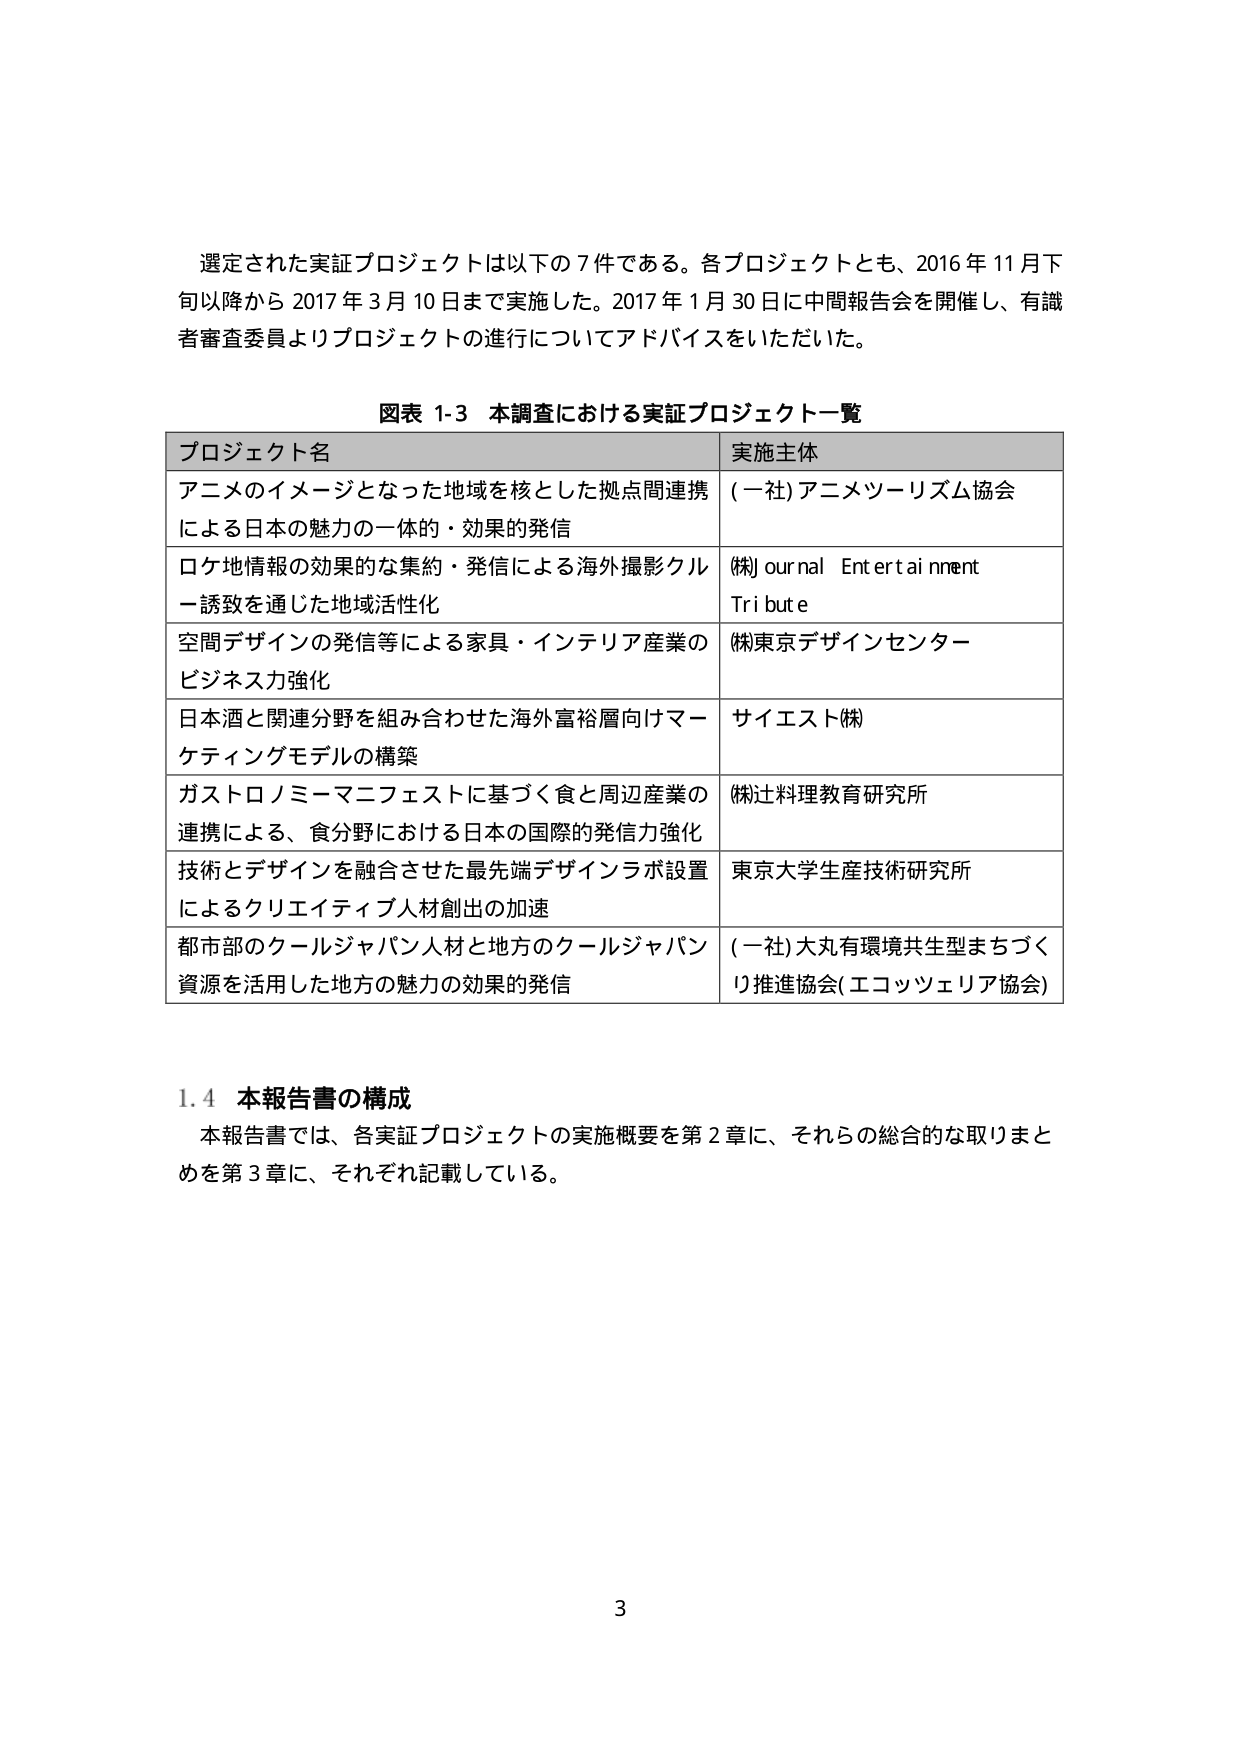
選定された実証プロジェクトは以下の7件である。各プロジェクトとも、2016年11月下旬以降から2017年3月10日まで実施した。2017年1月30日に中間報告会を開催し、有識者審査委員よりプロジェクトの進行についてアドバイスをいただいた。

図表 1-3 本調査における実証プロジェクト一覧

プロジェクト名 実施主体
アニメのイメージとなった地域を核とした拠点間連携による日本の魅力の一体的・効果的発信 (一社)アニメツーリズム協会
ロケ地情報の効果的な集約・発信による海外撮影クルー誘致を通じた地域活性化 (株)ournal Entertainment Tribute
空間デザインの発信等による家具・インテリア産業のビジネス力強化 (株)東京デザインセンター
日本酒と関連分野を組み合わせた海外富裕層向けマーケティングモデルの構築 サイエスト(株)
ガストロノミーマニフェストに基づく食と周辺産業の連携による、食分野における日本の国際的発信力強化 (株)辻料理教育研究所
技術とデザインを融合させた最先端デザインラボ設置によるクリエイティブ人材創出の加速 東京大学生産技術研究所
都市部のクールジャパン人材と地方のクールジャパン資源を活用した地方の魅力の効果的発信 (一社)大丸有環境共生型まちづくり推進協会(エコッツェリア協会)

1.4 本報告書の構成
本報告書では、各実証プロジェクトの実施概要を第2章に、それらの総合的な取りまとめを第3章に、それぞれ記載している。

3